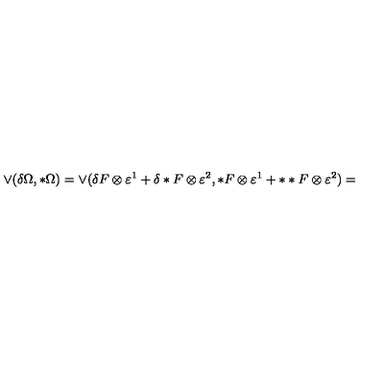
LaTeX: \vee ( \delta \Omega , * \Omega ) = \vee ( \delta F \otimes \varepsilon ^ { 1 } + \delta * F \otimes \varepsilon ^ { 2 } , * F \otimes \varepsilon ^ { 1 } + * * F \otimes \varepsilon ^ { 2 } ) =